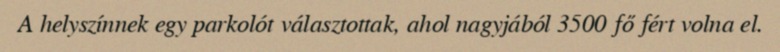
A helyszínnek egy parkolót választottak, ahol nagyjából 3500 fő fért volna el.